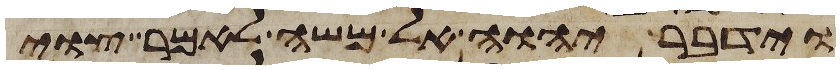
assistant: וידבר יהוה אל משה לאמר צוי